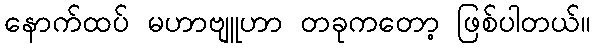
နောက်ထပ် မဟာဗျူဟာ တခုကတော့ ဖြစ်ပါတယ်။